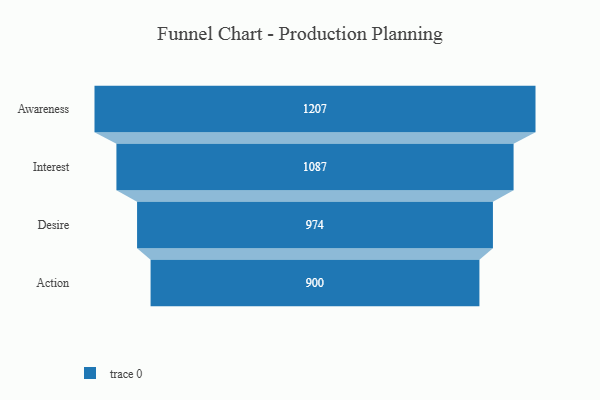
{"axis": {"x": "Stage", "y": "Value"}, "legend": [""], "data": [{"x": "Awareness", "y": 1207.0, "type": ""}, {"x": "Interest", "y": 1087.0, "type": ""}, {"x": "Desire", "y": 974.0, "type": ""}, {"x": "Action", "y": 900.0, "type": ""}]}